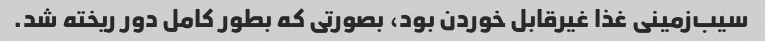
سیب‌زمینی غذا غیرقابل خوردن بود، بصورتی که بطور کامل دور ریخته شد.